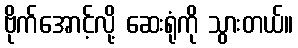
ဗိုက်အောင့်လို့ ဆေးရုံကို သွားတယ်။